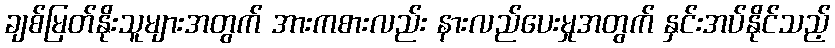
ချစ်မြတ်နိုးသူများအတွက် အားကစားလည်း နားလည်ပေးမှုအတွက် နှင်းအပ်နိုင်သည့်